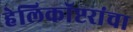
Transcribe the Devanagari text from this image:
हेलिकॉप्टरांचा